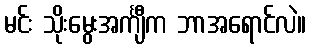
မင်း သိုးမွေးအင်္ကျီက ဘာအရောင်လဲ။